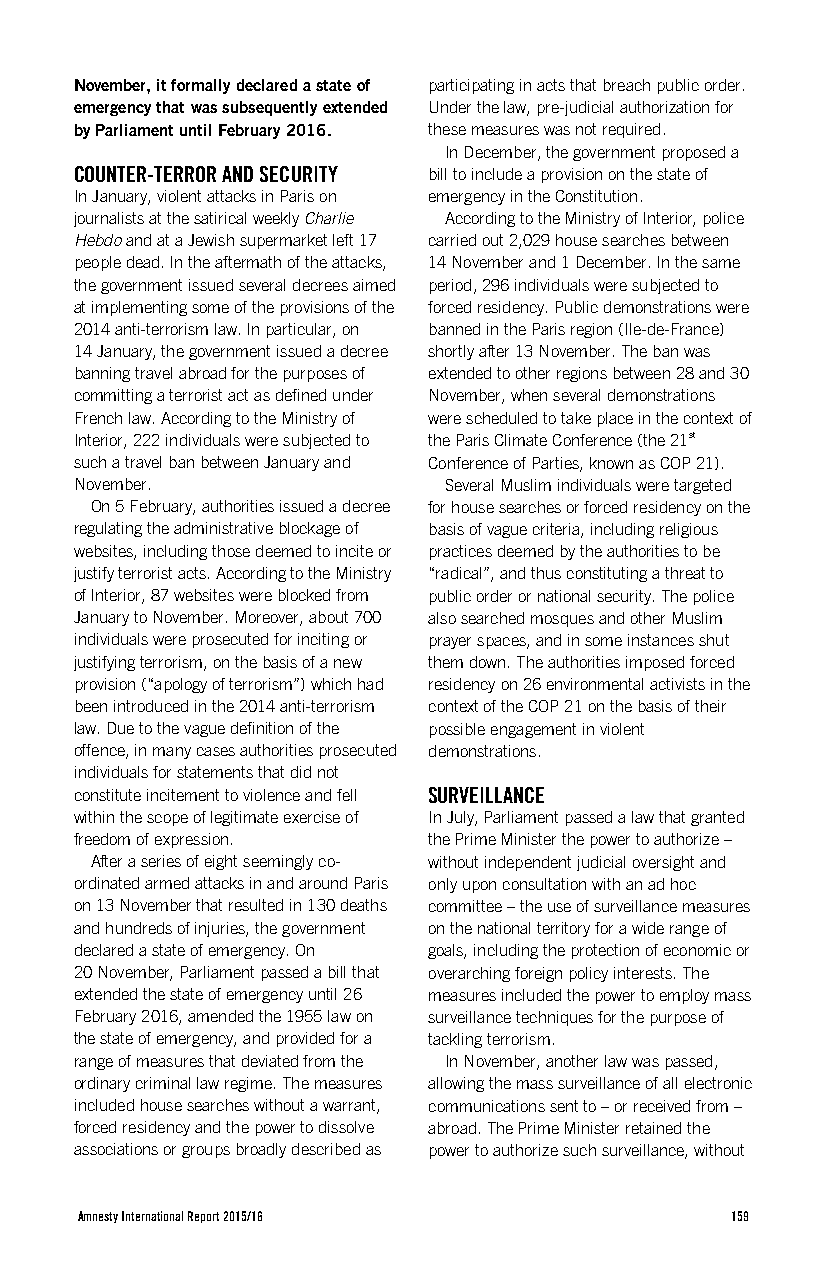
November, it formally declared a state of participating in acts that breach public order.
 emergency that was subsequently extended Under the law, pre-judicial authorization for
 by Parliament until February 2016. these measures was not required.
 In December, the government proposed a
 COUNTER-TERROR AND SECURITY bill to include a provision on the state of
 In January, violent attacks in Paris on emergency in the Constitution.
 journalists at the satirical weekly Charlie According to the Ministry of Interior, police
 Hebdo and at a Jewish supermarket left 17 carried out 2,029 house searches between
 people dead. In the aftermath of the attacks, 14 November and 1 December. In the same
 the government issued several decrees aimed period, 296 individuals were subjected to
 at implementing some of the provisions of the forced residency. Public demonstrations were
 2014 anti-terrorism law. In particular, on banned in the Paris region (Ile-de-France)
 14 January, the government issued a decree shortly after 13 November. The ban was
 banning travel abroad for the purposes of extended to other regions between 28 and 30
 committing a terrorist act as defined under November, when several demonstrations
 French law. According to the Ministry of were scheduled to take place in the context of
 Interior, 222 individuals were subjected to the Paris Climate Conference (the 21st
 such a travel ban between January and Conference of Parties, known as COP 21).
 November.               Several Muslim individuals were targeted
 On 5 February, authorities issued a decree for house searches or forced residency on the
 regulating the administrative blockage of basis of vague criteria, including religious
 websites, including those deemed to incite or practices deemed by the authorities to be
 justify terrorist acts. According to the Ministry “radical”, and thus constituting a threat to
 of Interior, 87 websites were blocked from public order or national security. The police
 January to November. Moreover, about 700 also searched mosques and other Muslim
 individuals were prosecuted for inciting or prayer spaces, and in some instances shut
 justifying terrorism, on the basis of a new them down. The authorities imposed forced
 provision (“apology of terrorism”) which had residency on 26 environmental activists in the
 been introduced in the 2014 anti-terrorism context of the COP 21 on the basis of their
 law. Due to the vague definition of the possible engagement in violent
 offence, in many cases authorities prosecuted demonstrations.
 individuals for statements that did not
 constitute incitement to violence and fell SURVEILLANCE
 within the scope of legitimate exercise of In July, Parliament passed a law that granted
 freedom of expression. the Prime Minister the power to authorize –
 After a series of eight seemingly co- without independent judicial oversight and
 ordinated armed attacks in and around Paris only upon consultation with an ad hoc
 on 13 November that resulted in 130 deaths committee – the use of surveillance measures
 and hundreds of injuries, the government on the national territory for a wide range of
 declared a state of emergency. On goals, including the protection of economic or
 20 November, Parliament passed a bill that overarching foreign policy interests. The
 extended the state of emergency until 26 measures included the power to employ mass
 February 2016, amended the 1955 law on surveillance techniques for the purpose of
 the state of emergency, and provided for a tackling terrorism.
 range of measures that deviated from the In November, another law was passed,
 ordinary criminal law regime. The measures allowing the mass surveillance of all electronic
 included house searches without a warrant, communications sent to – or received from –
 forced residency and the power to dissolve abroad. The Prime Minister retained the
 associations or groups broadly described as power to authorize such surveillance, without
 Amnesty International Report 2015/16       159